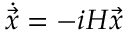
\dot { \vec { x } } = - i H \vec { x }